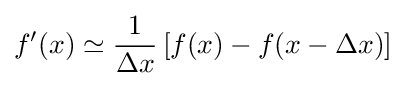
f'(x)\simeq {\frac {1}{\Delta x}}\left[f(x)-f(x-\Delta x)\right]